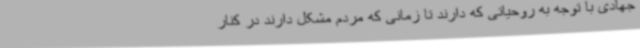
جهادی با توجه به روحیاتی که دارند تا زمانی که مردم مشکل دارند در کنار